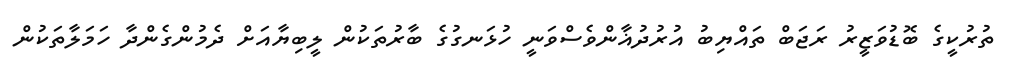
ތުރުކީގެ ބޮޑުވަޒީރު ރަޖަބް ތައްޔިބު އުރުދުޣާންވެސްވަނީ ހުޅަނގުގެ ބާރުތަކުން ލީބިޔާއަށް ދެމުންގެންދާ ހަމަލާތަކުން